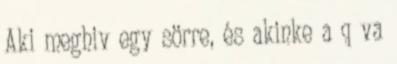
Aki meghiv egy sörre, és akinke a q va